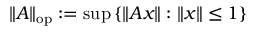
\| A \| _ { \mathrm { o p } } : = \operatorname* { s u p } \left\{ \| A x \| : \| x \| \leq 1 \right\}